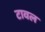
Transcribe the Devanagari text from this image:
टावल